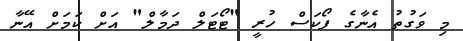
މި ވަގުތު އެނާގެ ފޯކަސް ހުރީ "ޓޯޓަލް ދަމާލް" އަށް ކަމަށް އޭނާ